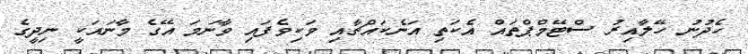
ހެދުނު ހޭލާއިރު ސްޓޭމްޕްތައް އެކަތި އަނެކައްޗާއި ވަކިވެފައި ވާނަމަ އޭގެ މާނައަކީ ނިދީގެ